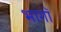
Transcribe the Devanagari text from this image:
भागॉ